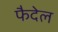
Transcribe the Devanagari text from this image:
फैदेल